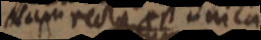
Nam recta est unica